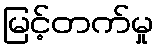
မြင့်တက်မှု